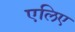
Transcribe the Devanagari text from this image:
एलिए